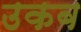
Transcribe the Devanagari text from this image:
उकब